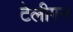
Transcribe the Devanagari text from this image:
टेलीगन